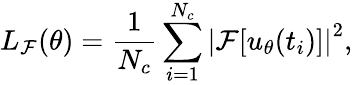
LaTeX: L_{\mathcal{F}}(\theta)=\frac{1}{N_{c}}\sum_{i=1}^{N_{c}}\left|\mathcal{F}[{u_{\theta}}(t_{i})]\right|^{2},